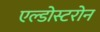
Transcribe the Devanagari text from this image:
एल्डोस्टरोन